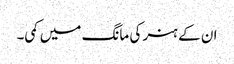
ان کے ہنر کی مانگ میں کمی۔